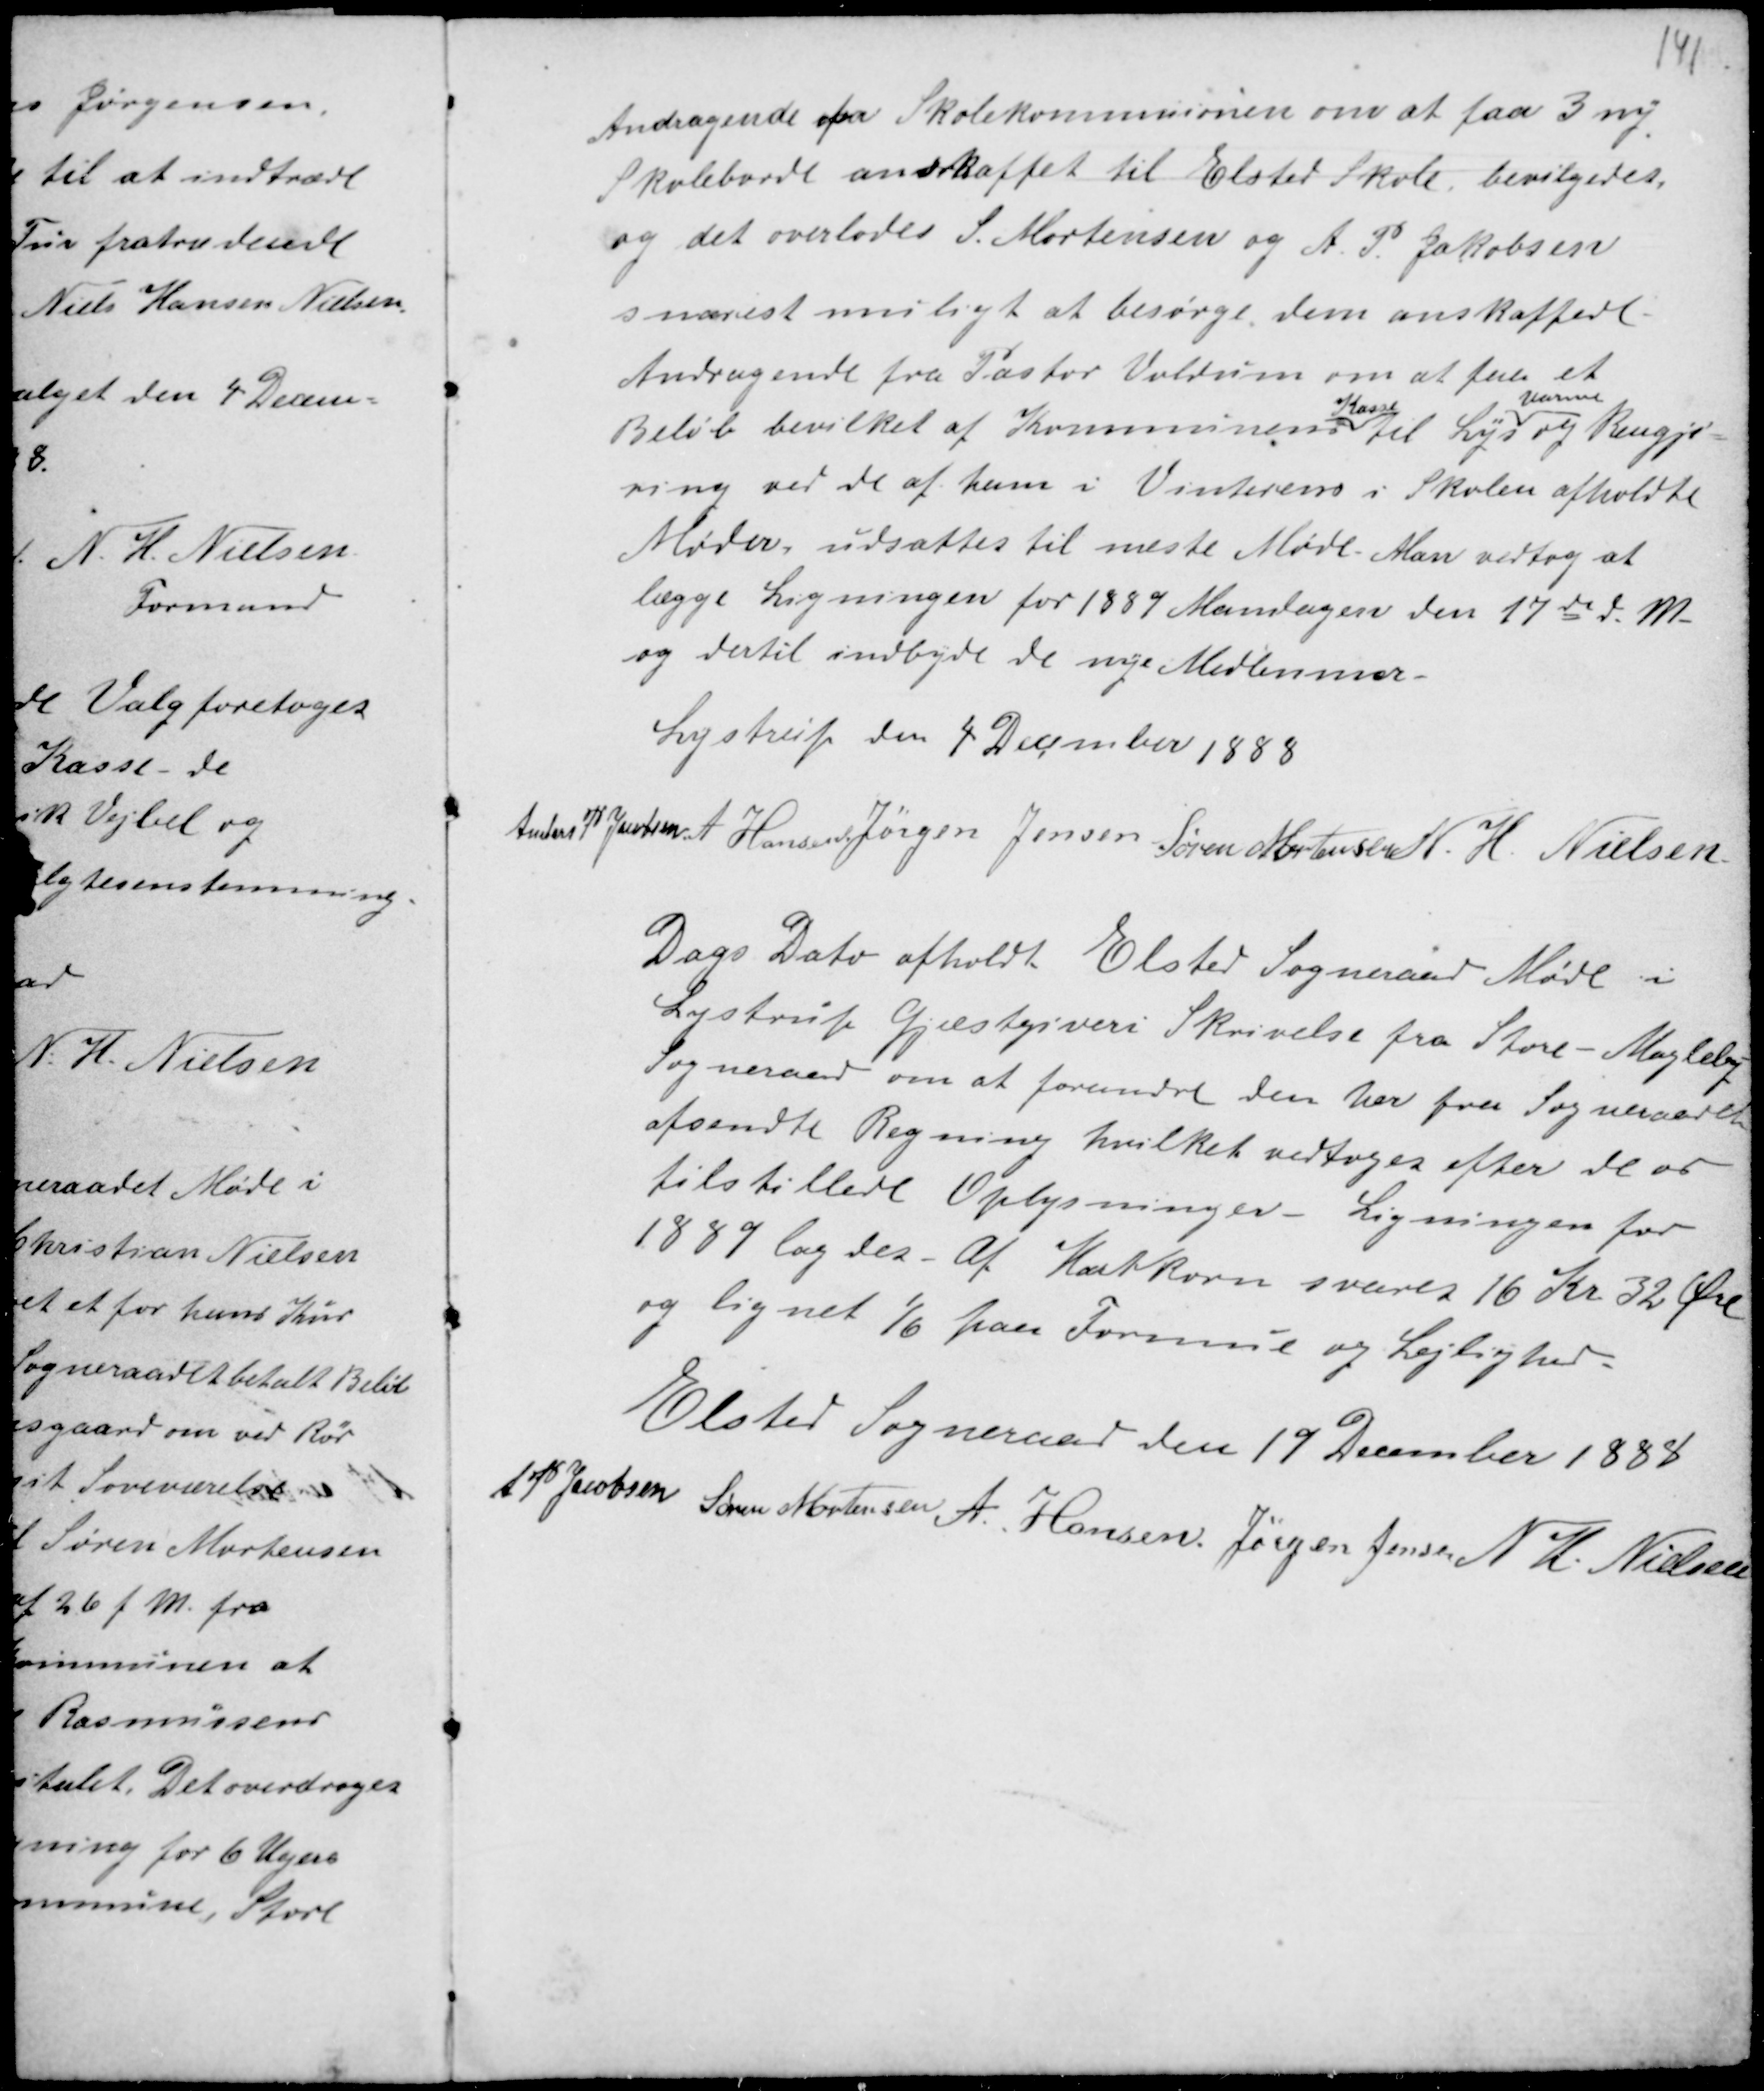
Transskription:
Andragende fra Skolekommissionen om at faa 3 ny
Skolebænke anskaffet til Elsted Skole, bevilligedes,
og det overlodes S. Mortensen og A. P. Jacobsen
snarest muligt at besørge dem anskaffede.
Andragende fra Pastor Voldrum om at faa et
Beløb bevilket af Kommunens
Kasse
til Lys
Varme
og Rengjø-
ring ved de af ham i Vinterens i Skolen afholdte
Møder, udsattes til næste Møde. Man vedtog at
lægge Ligningen for 1889 Mandagen den 17de d.M.
og dertil indbyde de nye Medlemmer.

Lystrup den 4 December 1888
Anders P Jacobsen A Hansen Jørgen Jensen Søren Mortensen N. H. Nielsen

Dags Dato afholdt Elsted Sogneraad Møde i
Lystrup Gjæstgiveri Skrivelse fra Store - Magleby
Sogneraad om at forandre den her fra Sogneraadet
afsendte Regning hvilket vedtoges efter de os
tilstillede Oplysninger - Ligningen for
1889 lagdes. Af Hartkorn svares 16 Kr 32 Øre
og lignet 1/6 paa Formue og Lejlighed.
Elsted Sogneraad den 19 December 1888
A P Jacobsen Søren Mortensen A. Hansen Jørgen Jensen N H. Nielsen